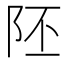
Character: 𨸹